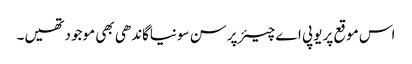
اس موقع پر یوپی اے چیئرپرسن سونیاگاندھی بھی موجودتھیں۔